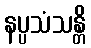
နပ္ပသံသန္တိ